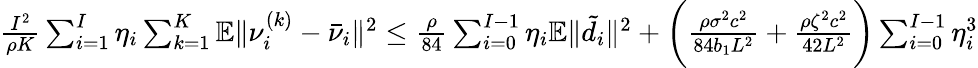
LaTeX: \begin{array}{r}{\frac{I^{2}}{\rho K}\sum_{i=1}^{I}\eta_{i}\sum_{k=1}^{K}\mathbb{E}\| \nu_{i}^{(k)}-\bar{\nu}_{i}\| ^{2}\leq\frac{\rho}{84}\sum_{i=0}^{I-1}\eta_{i}\mathbb{E}\| \tilde{d}_{i}\| ^{2}+\bigg(\frac{\rho\sigma^{2}c^{2}}{84b_{1}L^{2}}+\frac{\rho\zeta^{2}c^{2}}{42L^{2}}\bigg)\sum_{i=0}^{I-1}\eta_{i}^{3}}\end{array}